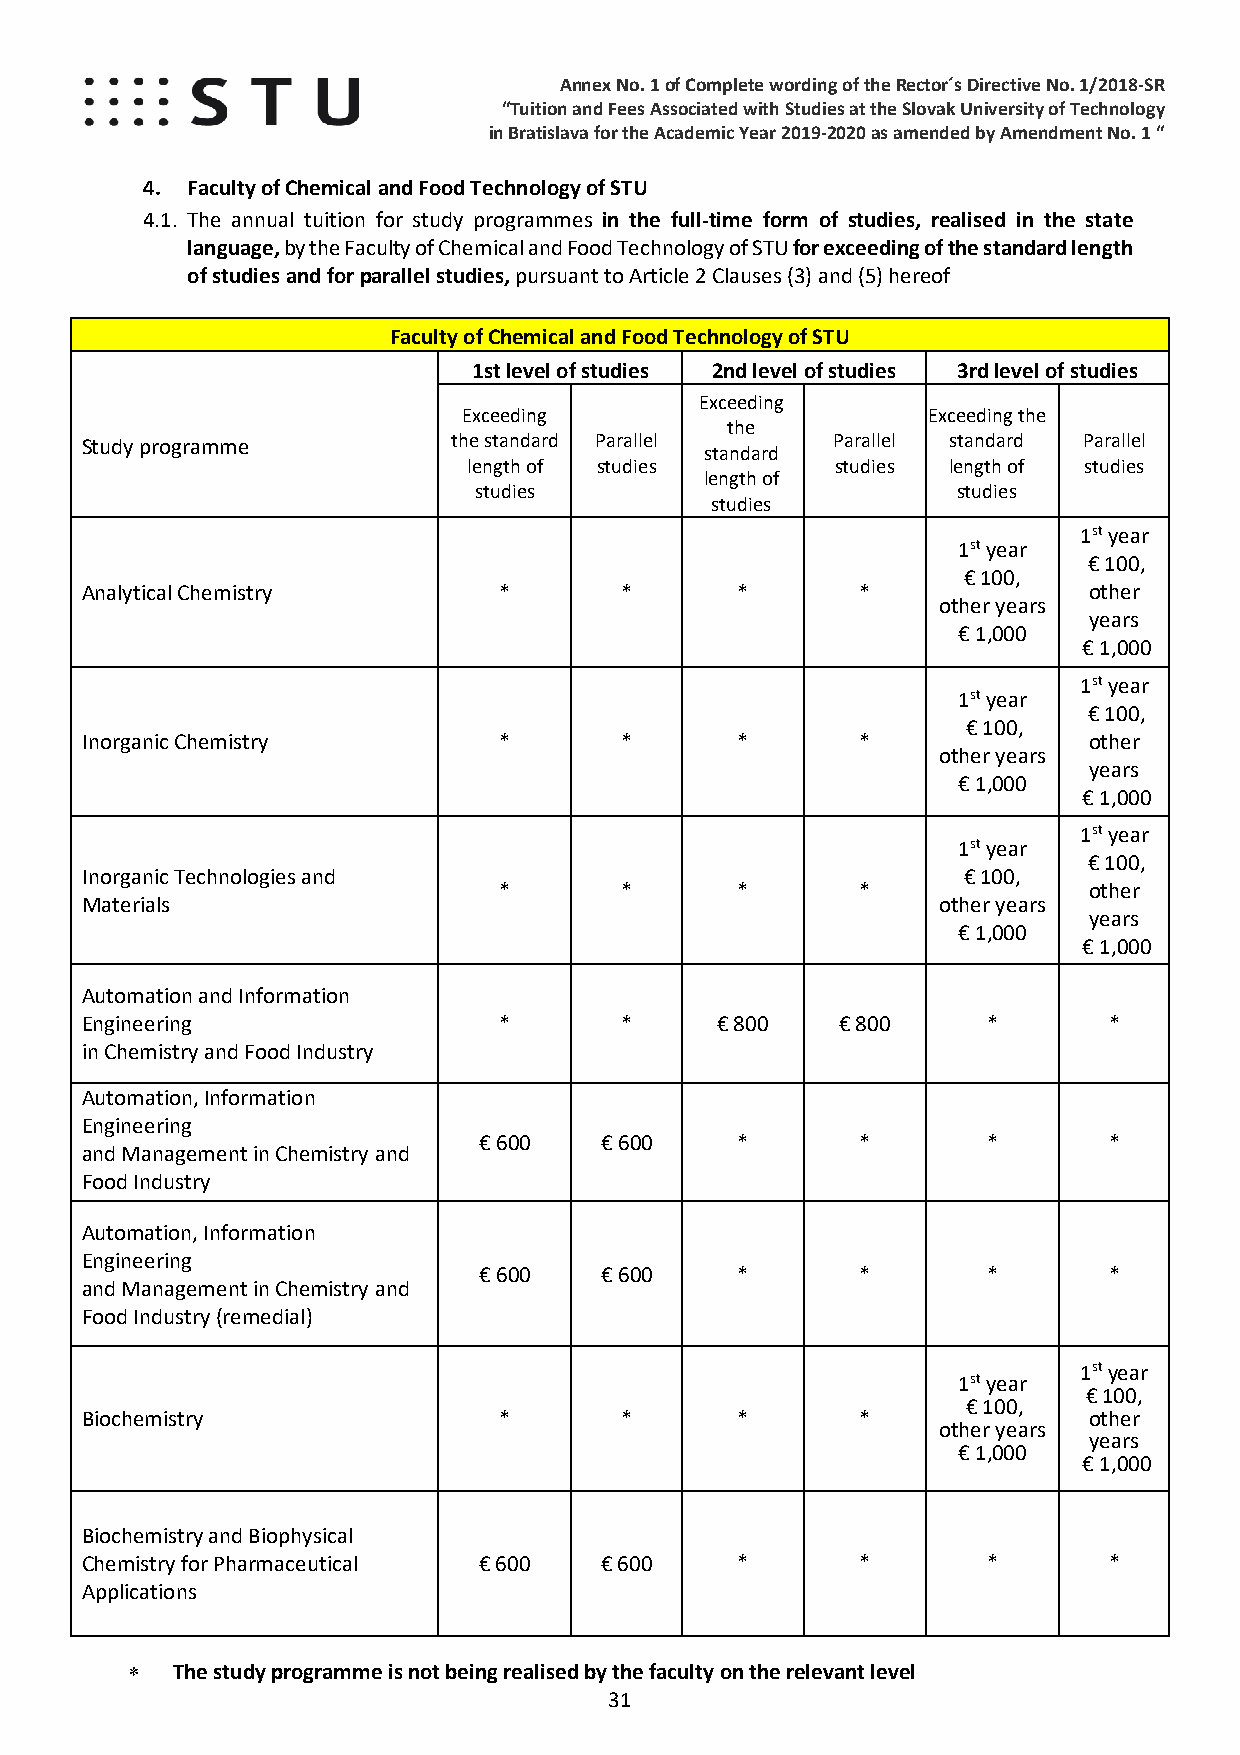
Annex No. 1 of Complete wording of the Rector´s Directive No. 1/2018-SR
 “Tuition and Fees Associated with Studies at the Slovak University of Technology
 in Bratislava for the Academic Year 2019-2020 as amended by Amendment No. 1 “
 4. Faculty of Chemical and Food Technology of STU
 4.1. The annual tuition for study programmes in the full-time form of studies, realised in the state
 language, by the Faculty of Chemical and Food Technology of STU for exceeding of the standard length
 of studies and for parallel studies, pursuant to Article 2 Clauses (3) and (5) hereof
 Faculty of Chemical and Food Technology of STU
 1st level of studies 2nd level of studies 3rd level of studies
 Exceeding
 Exceeding                     Exceeding the
 the
 Study programme          the standard Parallel    Parallel standard Parallel
 standard
 length of studies       studies length of studies
 length of
 studies                         studies
 studies
 1st year
 1st year
 € 100,
 € 100,
 Analytical Chemistry        *       *       *       *              other
 other years
 years
 € 1,000
 € 1,000
 1st year
 1st year
 € 100,
 € 100,
 Inorganic Chemistry         *       *       *       *              other
 other years
 years
 € 1,000
 € 1,000
 1st year
 1st year
 € 100,
 Inorganic Technologies and                                 € 100,
 *       *       *       *              other
 Materials                                                other years
 years
 € 1,000
 € 1,000
 Automation and Information
 Engineering                 *       *     € 800    € 800    *       *
 in Chemistry and Food Industry
 Automation, Information
 Engineering
 € 600   € 600    *       *       *       *
 and Management in Chemistry and
 Food Industry
 Automation, In formation
 Engineering
 € 600   € 600    *       *       *       *
 and Management in Chemistry and
 Food Industry (remedial)
 1st year
 1st year
 € 100,
 € 100,
 Biochemistry                *       *       *       *              other
 other years
 years
 € 1,000
 € 1,000
 Biochemistry and Biophysical
 Chemistry for Pharmaceutical € 600 € 600    *       *       *       *
 Applications
 ∗  The study programme is not being realised by the faculty on the relevant level
 31